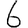
Digit: 6